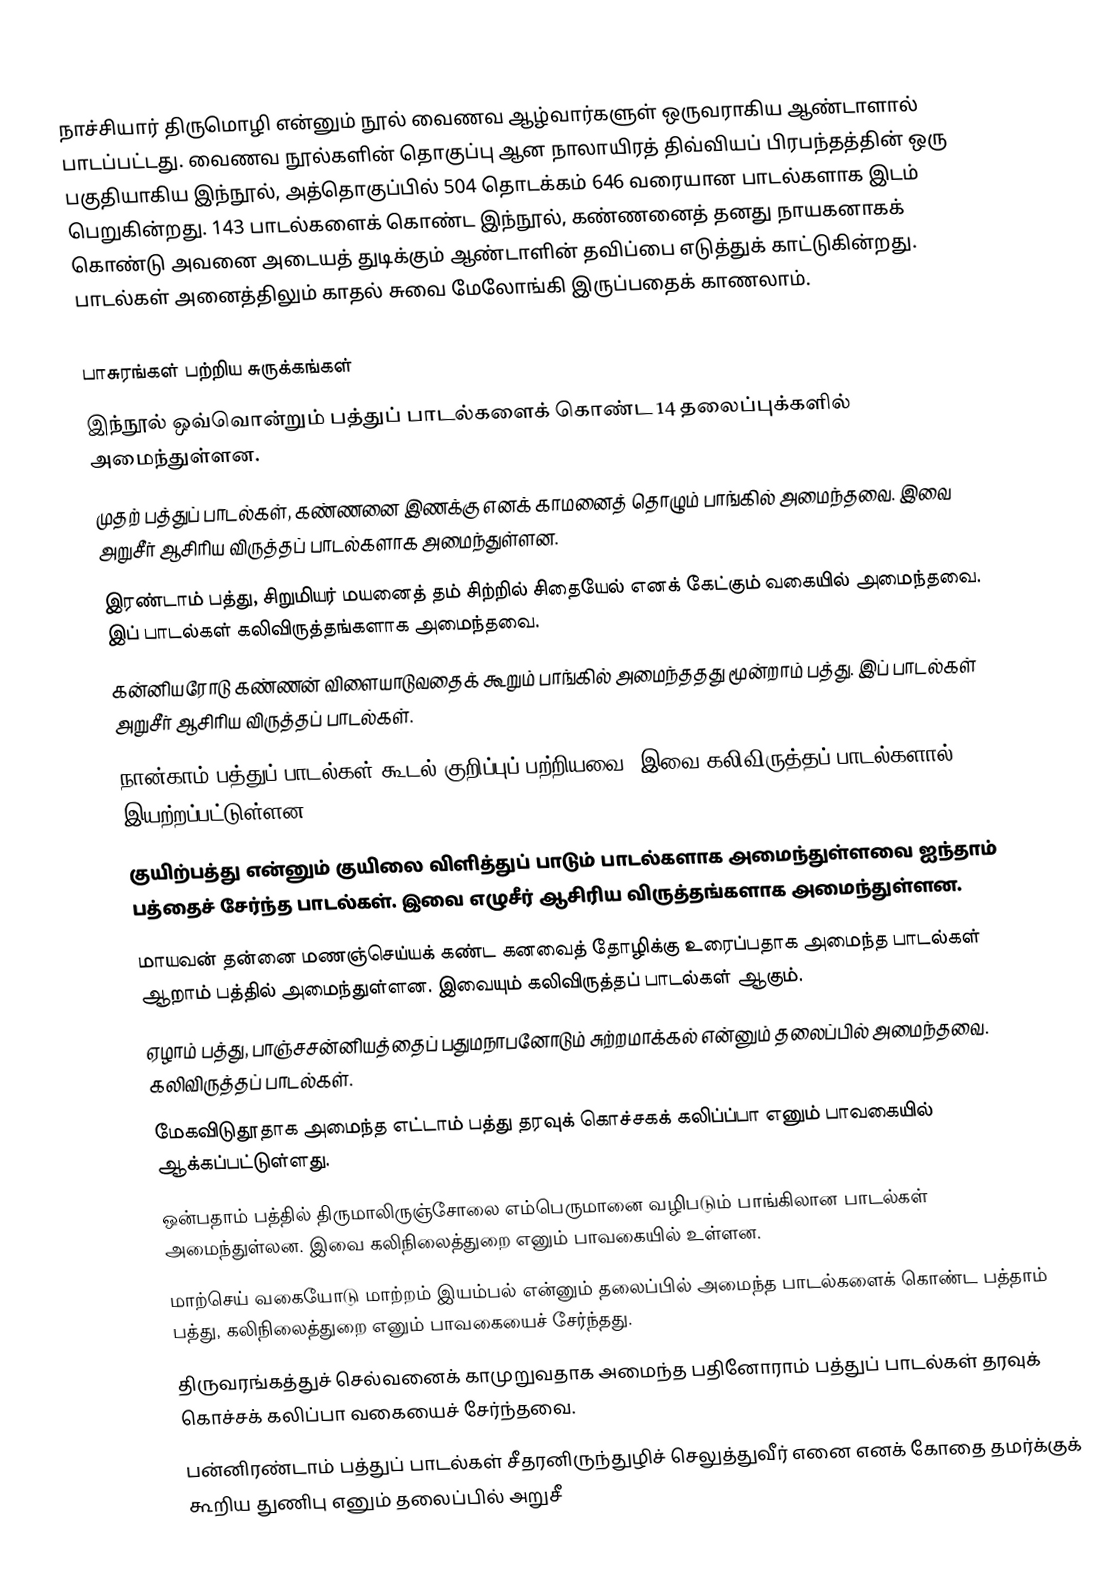
நாச்சியார் திருமொழி என்னும் நூல் வைணவ ஆழ்வார்களுள் ஒருவராகிய ஆண்டாளால் பாடப்பட்டது. வைணவ நூல்களின் தொகுப்பு ஆன நாலாயிரத் திவ்வியப் பிரபந்தத்தின் ஒரு பகுதியாகிய இந்நூல், அத்தொகுப்பில் 504 தொடக்கம் 646 வரையான பாடல்களாக இடம் பெறுகின்றது. 143 பாடல்களைக் கொண்ட இந்நூல், கண்ணனைத் தனது நாயகனாகக் கொண்டு அவனை அடையத் துடிக்கும் ஆண்டாளின் தவிப்பை எடுத்துக் காட்டுகின்றது. பாடல்கள் அனைத்திலும் காதல் சுவை மேலோங்கி இருப்பதைக் காணலாம்.

பாசுரங்கள் பற்றிய சுருக்கங்கள்
இந்நூல் ஒவ்வொன்றும் பத்துப் பாடல்களைக் கொண்ட 14 தலைப்புக்களில் அமைந்துள்ளன.
 முதற் பத்துப் பாடல்கள், கண்ணனை இணக்கு எனக் காமனைத் தொழும் பாங்கில் அமைந்தவை. இவை அறுசீர் ஆசிரிய விருத்தப் பாடல்களாக அமைந்துள்ளன.
 இரண்டாம் பத்து, சிறுமியர் மயனைத் தம் சிற்றில் சிதையேல் எனக் கேட்கும் வகையில் அமைந்தவை. இப் பாடல்கள் கலிவிருத்தங்களாக அமைந்தவை.
 கன்னியரோடு கண்ணன் விளையாடுவதைக் கூறும் பாங்கில் அமைந்ததது மூன்றாம் பத்து. இப் பாடல்கள் அறுசீர் ஆசிரிய விருத்தப் பாடல்கள்.
 நான்காம் பத்துப் பாடல்கள் கூடல் குறிப்புப் பற்றியவை. இவை கலிவிருத்தப் பாடல்களால் இயற்றப்பட்டுள்ளன.
 குயிற்பத்து என்னும் குயிலை விளித்துப் பாடும் பாடல்களாக அமைந்துள்ளவை ஐந்தாம் பத்தைச் சேர்ந்த பாடல்கள். இவை எழுசீர் ஆசிரிய விருத்தங்களாக அமைந்துள்ளன.
 மாயவன் தன்னை மணஞ்செய்யக் கண்ட கனவைத் தோழிக்கு உரைப்பதாக அமைந்த பாடல்கள் ஆறாம் பத்தில் அமைந்துள்ளன. இவையும் கலிவிருத்தப் பாடல்கள் ஆகும்.
 ஏழாம் பத்து, பாஞ்சசன்னியத்தைப் பதுமநாபனோடும் சுற்றமாக்கல் என்னும் தலைப்பில் அமைந்தவை. கலிவிருத்தப் பாடல்கள்.
 மேகவிடுதூதாக அமைந்த எட்டாம் பத்து தரவுக் கொச்சகக் கலிப்ப்பா எனும் பாவகையில் ஆக்கப்பட்டுள்ளது.
 ஒன்பதாம் பத்தில் திருமாலிருஞ்சோலை எம்பெருமானை வழிபடும் பாங்கிலான பாடல்கள் அமைந்துள்லன. இவை கலிநிலைத்துறை எனும் பாவகையில் உள்ளன.
 மாற்செய் வகையோடு மாற்றம் இயம்பல் என்னும் தலைப்பில் அமைந்த பாடல்களைக் கொண்ட பத்தாம் பத்து, கலிநிலைத்துறை எனும் பாவகையைச் சேர்ந்தது.
 திருவரங்கத்துச் செல்வனைக் காமுறுவதாக அமைந்த பதினோராம் பத்துப் பாடல்கள் தரவுக் கொச்சக் கலிப்பா வகையைச் சேர்ந்தவை.
 பன்னிரண்டாம் பத்துப் பாடல்கள் சீதரனிருந்துழிச் செலுத்துவீர் எனை எனக் கோதை தமர்க்குக் கூறிய துணிபு எனும் தலைப்பில் அறுசீ